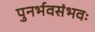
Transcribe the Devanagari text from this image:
पुनर्भवसंभवः